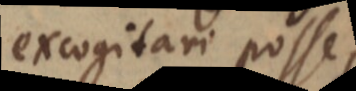
excogitari posse,